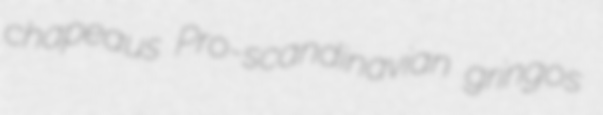
chapeaus Pro-scandinavian gringos